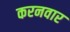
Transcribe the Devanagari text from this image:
करनवार